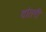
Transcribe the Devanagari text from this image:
दांतरी